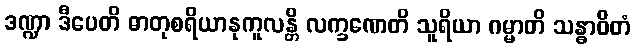
ဒဏ္ဍာ ဒီပေတိ ဓာတုစရိယာနုကူလန္တိ လက္ခဏေတိ သူရိယာ ဂမ္မာတိ သန္ဓာဝိတံ